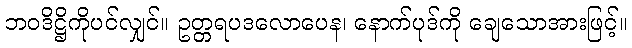
ဘဝဒိဋ္ဌိကိုပင်လျှင်။ ဥတ္တရပဒလောပေန၊ နောက်ပုဒ်ကို ချေသောအားဖြင့်။